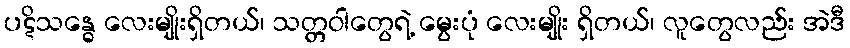
ပဋိသန္ဓေ လေးမျိုးရှိတယ်၊ သတ္တဝါတွေရဲ့ မွေးပုံ လေးမျိုး ရှိတယ်၊ လူတွေလည်း အဲဒီ